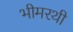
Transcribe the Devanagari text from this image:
भीमरथी